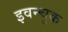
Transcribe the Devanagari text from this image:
इवन्चुक